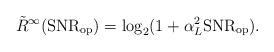
LaTeX: \begin{align*} \tilde{R}^{\infty}({\rm SNR_{op}}) = \log_2(1+\alpha_L^2 {\rm SNR_{op}}).\end{align*}